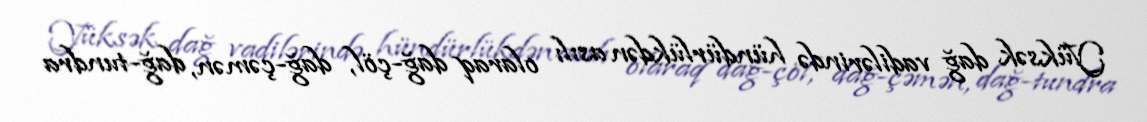
Yüksək dağ vadilərində hündürlükdən asılı olaraq dağ-çöl, dağ-çəmən, dağ-tundra